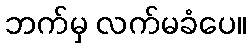
ဘက်မှ လက်မခံပေ။